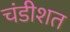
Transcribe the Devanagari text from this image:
चंडीशत